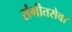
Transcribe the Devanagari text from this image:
संगीतसेवा